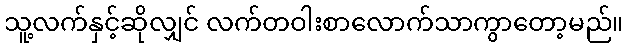
သူ့လက်နှင့်ဆိုလျှင် လက်တဝါးစာလောက်သာကွာတော့မည်။